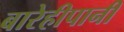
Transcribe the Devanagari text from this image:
बारेहीपानी